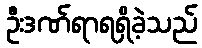
ဦးဒဏ်ရာရရှိခဲ့သည်